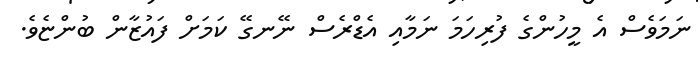
ނަމަވެސް އެ މީހުންގެ ފުރިހަމަ ނަމާއި އެޑްރެސް ނޭނގޭ ކަމަށް ފައުޒާން ބުންޏެވެ.